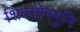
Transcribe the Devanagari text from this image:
शिवयोगमुनि